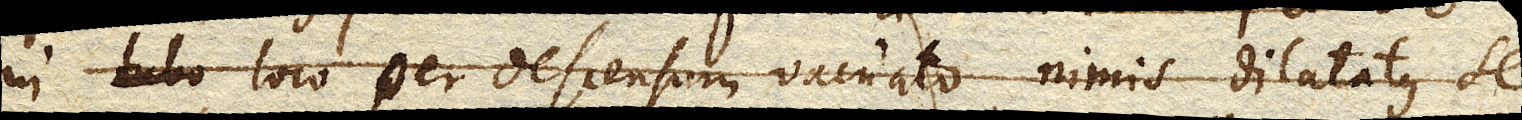
in Tubo loco per descensum vacuato nimis dilatatus se